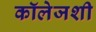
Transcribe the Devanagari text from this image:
कॉलेजशी